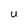
Character: U